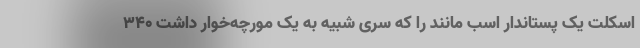
اسکلت یک پستاندار اسب مانند را که سری شبیه به یک مورچه‌خوار داشت ۳۴۰